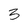
Character: 3